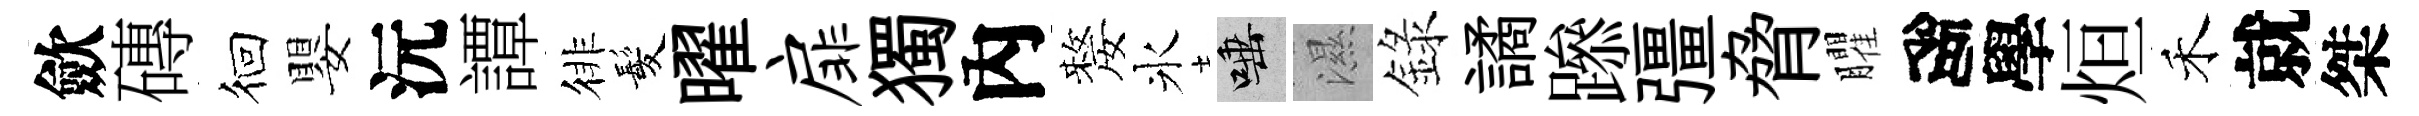
歛磚徊嬰沅譚徘髪曜扉獨內嫠氷唾濕錄譎𨅶彊脅臞高學烜禾就桀